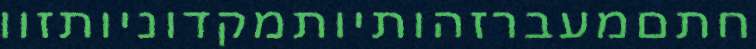
חתםמעברזהותיותמקדוניותזוו